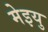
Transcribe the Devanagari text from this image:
मेइयु